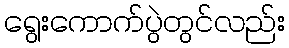
ရွေးကောက်ပွဲတွင်လည်း